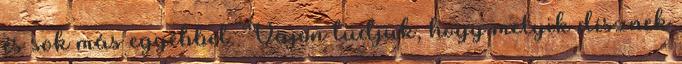
és sok más egyébbel. Vajon tudjuk, hogy melyik dísznek